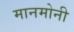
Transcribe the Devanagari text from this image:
मानमोनी